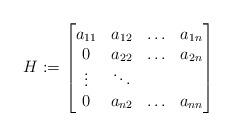
LaTeX: \begin{align*}H:= \begin{bmatrix} a_{11}& a_{12} & \ldots & a_{1n} \\ 0 & a_{22}& \ldots & a_{2n} \\ \vdots & \ddots\\ 0 & a_{n2}& \ldots & a_{nn} \end{bmatrix}\end{align*}